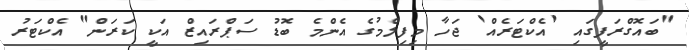
"ބައޮގްރަފީގައި 'އެކްޓަރެއް' ޖަހާ މިފިލްމުގެ އެންމެ ބޮޑު ސަޕްރައިޒް އަކީ ކަރަން" އެކްޓަރު